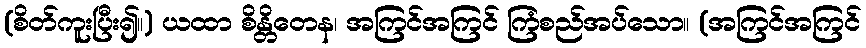
(စိတ်ကူးပြီး၍။) ယထာ စိန္တိတေန၊ အကြင်အကြင် ကြံစည်အပ်သော။ (အကြင်အကြင်